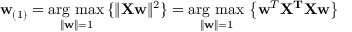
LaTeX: \mathbf { w } _ { ( 1 ) } = { \underset { \Vert \mathbf { w } \Vert = 1 } { \operatorname { \arg \, m a x } } } \, \{ \Vert \mathbf { X w } \Vert ^ { 2 } \} = { \underset { \Vert \mathbf { w } \Vert = 1 } { \operatorname { \arg \, m a x } } } \, \left\{ \mathbf { w } ^ { T } \mathbf { X ^ { T } } \mathbf { X w } \right\}